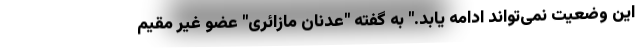
این وضعیت نمی‌تواند ادامه یابد." به گفته "عدنان مازائری" عضو غیر مقیم